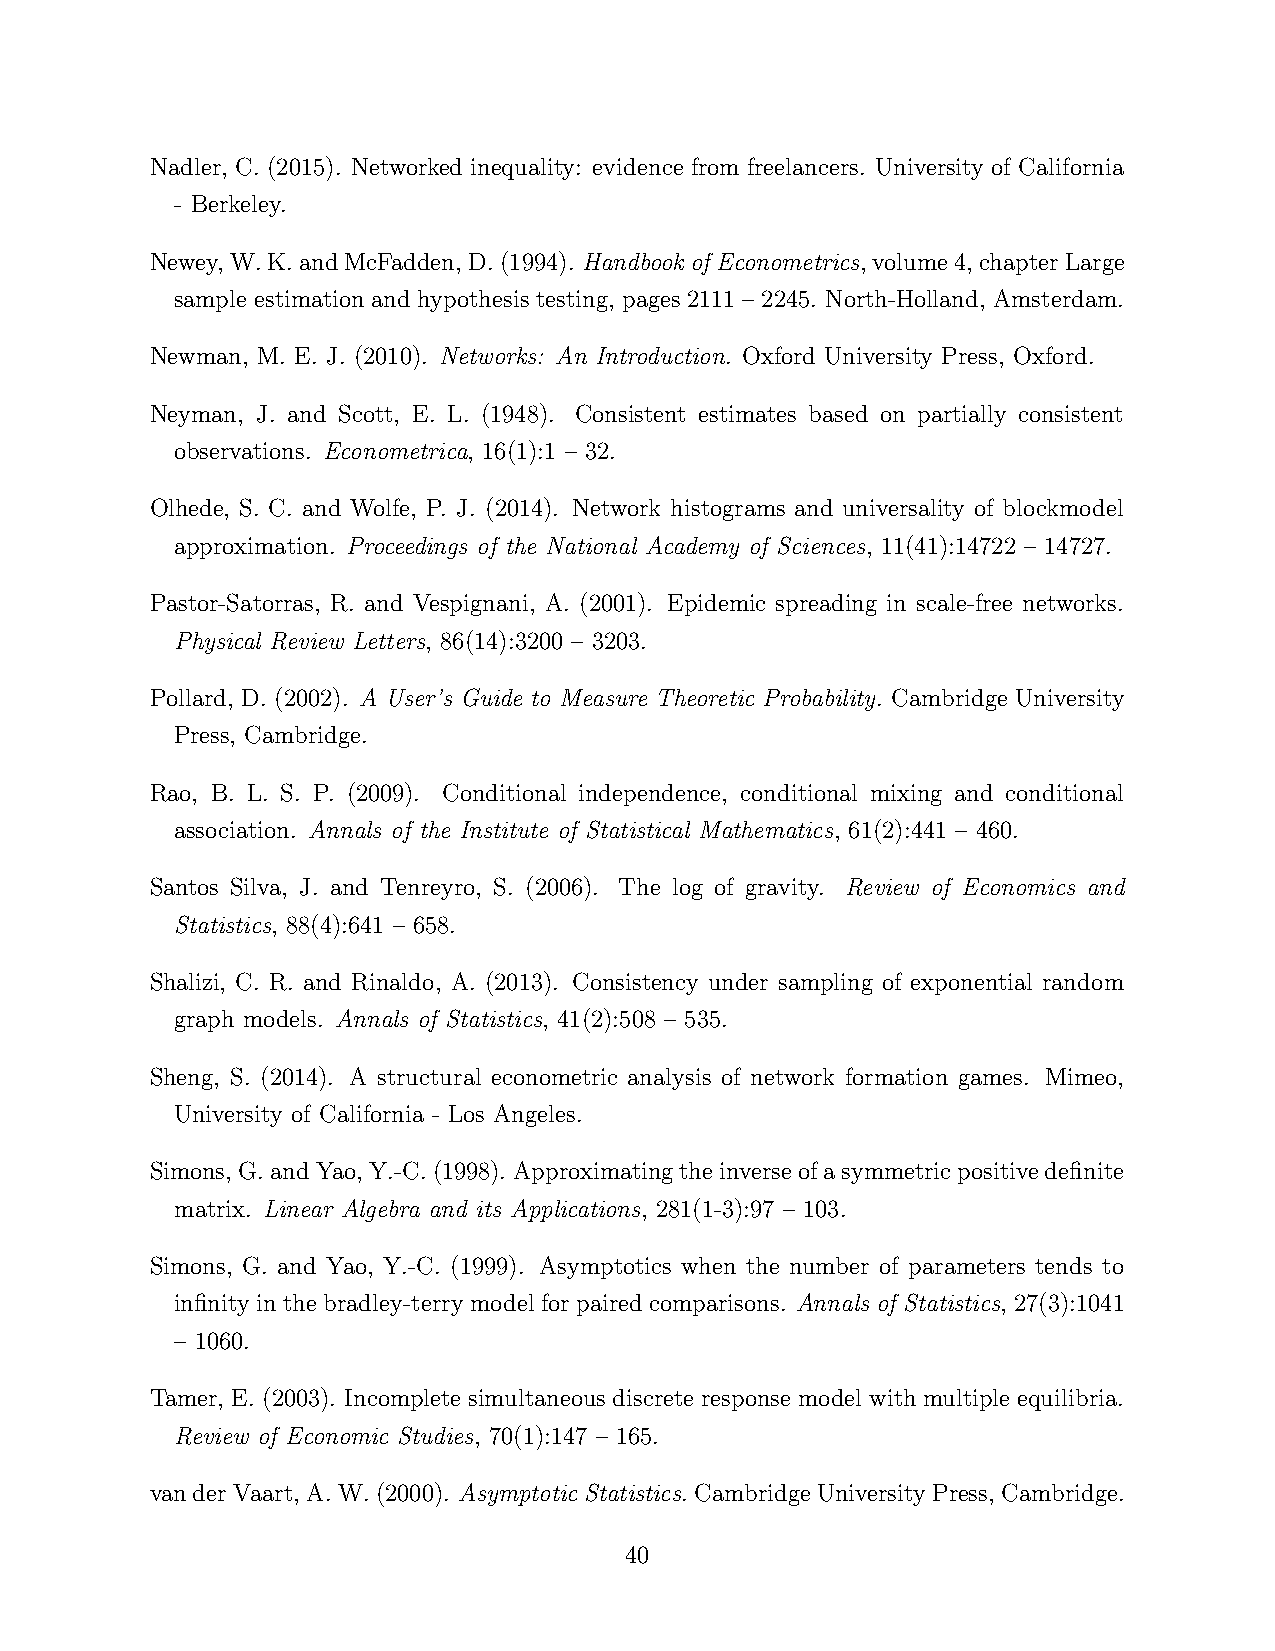
Nadler, C. (2015). Networked inequality: evidence from freelancers. University of California
 - Berkeley.
 Newey, W.K.andMcFadden, D.(1994). Handbook of Econometrics, volume4, chapterLarge
 sample estimation and hypothesis testing, pages 2111 – 2245. North-Holland, Amsterdam.
 Newman, M. E. J. (2010). Networks: An Introduction. Oxford University Press, Oxford.
 Neyman, J. and Scott, E. L. (1948). Consistent estimates based on partially consistent
 observations. Econometrica, 16(1):1 – 32.
 Olhede, S. C. and Wolfe, P. J. (2014). Network histograms and universality of blockmodel
 approximation. Proceedings of the National Academy of Sciences, 11(41):14722 – 14727.
 Pastor-Satorras, R. and Vespignani, A. (2001). Epidemic spreading in scale-free networks.
 Physical Review Letters, 86(14):3200 – 3203.
 Pollard, D. (2002). A User’s Guide to Measure Theoretic Probability. Cambridge University
 Press, Cambridge.
 Rao, B. L. S. P. (2009). Conditional independence, conditional mixing and conditional
 association. Annals of the Institute of Statistical Mathematics, 61(2):441 – 460.
 Santos Silva, J. and Tenreyro, S. (2006). The log of gravity. Review of Economics and
 Statistics, 88(4):641 – 658.
 Shalizi, C. R. and Rinaldo, A. (2013). Consistency under sampling of exponential random
 graph models. Annals of Statistics, 41(2):508 – 535.
 Sheng, S. (2014). A structural econometric analysis of network formation games. Mimeo,
 University of California - Los Angeles.
 Simons, G.andYao,Y.-C.(1998). Approximatingtheinverseofasymmetricpositivedefinite
 matrix. Linear Algebra and its Applications, 281(1-3):97 – 103.
 Simons, G. and Yao, Y.-C. (1999). Asymptotics when the number of parameters tends to
 infinity in the bradley-terry model for paired comparisons. Annals of Statistics, 27(3):1041
 – 1060.
 Tamer, E. (2003). Incomplete simultaneous discrete response model with multiple equilibria.
 Review of Economic Studies, 70(1):147 – 165.
 vanderVaart, A.W.(2000). Asymptotic Statistics. CambridgeUniversityPress, Cambridge.
 40